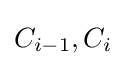
C_{i-1},C_{i}